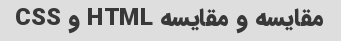
مقایسه و مقایسه HTML و CSS